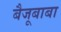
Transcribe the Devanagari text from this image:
बैजूबाबा